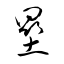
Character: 塁